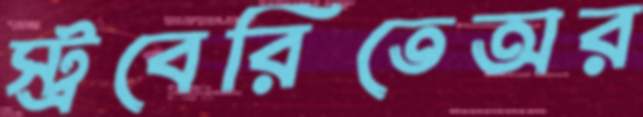
স্ট্রবেরিতেঅর